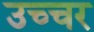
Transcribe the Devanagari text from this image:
उच्चर